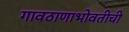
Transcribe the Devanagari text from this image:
गावठाणाभोवतीची